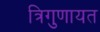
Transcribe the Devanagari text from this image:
त्रिगुणायत